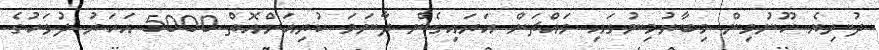
ދުނިޔެ ހޫނުމިން މިބާރުމިނުގައި މައްޗަށް އަރައިގެން ދާނަމަ ކުރިއަށްއޮތް 5000 އަހަރު ދުވަހުގެ